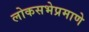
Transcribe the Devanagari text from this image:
लोकसभेप्रमाणे